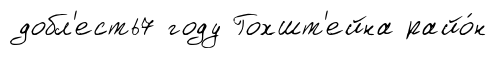
добл'есть7 году Гохшт'ейна райо́н